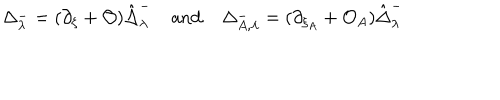
\Delta _ { \lambda } ^ { - } = ( \partial _ { \xi } + { \cal O } ) \hat { \Delta } _ { \lambda } ^ { - } \mathrm { ~ a n d ~ } \Delta _ { A , \lambda } ^ { - } = ( \partial _ { \xi _ { A } } + { \cal O } _ { A } ) \hat { \Delta } _ { \lambda } ^ { - }